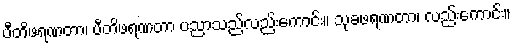
ပီတိဖရဏတာ၊ ပီတိဖရဏတာ ပညာသည်လည်းကောင်း။ သုခဖရဏတာ၊ လည်းကောင်း။